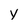
Character: y